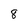
Character: 8